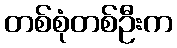
တစ်စုံတစ်ဦးက